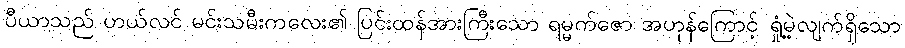
ပီယာသည် ဟယ်လင် မင်းသမီးကလေး၏ ပြင်းထန်အားကြီးသော ရမ္မက်ဇော အဟုန်ကြောင့် ရှုံ့မဲ့လျက်ရှိသော